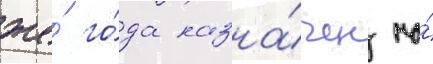
же́ го́да назна́чен на́